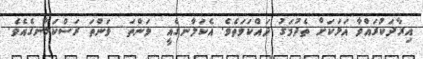
އިރާދަކުރައްވާ އަޅަކަށް ތެދުމަގު ދައްކަވަތެވެ. އެކަލާނގެއީ  ވަންތަ  ވަންތަ ރަސްކަލާނގެއެވެ.